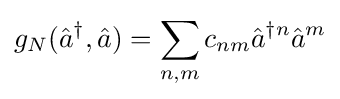
g_{N}({\hat {a}}^{\dagger },{\hat {a}})=\sum _{n,m}c_{nm}{\hat {a}}^{\dagger n}{\hat {a}}^{m}